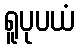
ရူပုပယံ